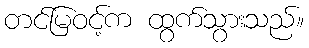
တင်မြဝင့်က ထွက်သွားသည်။